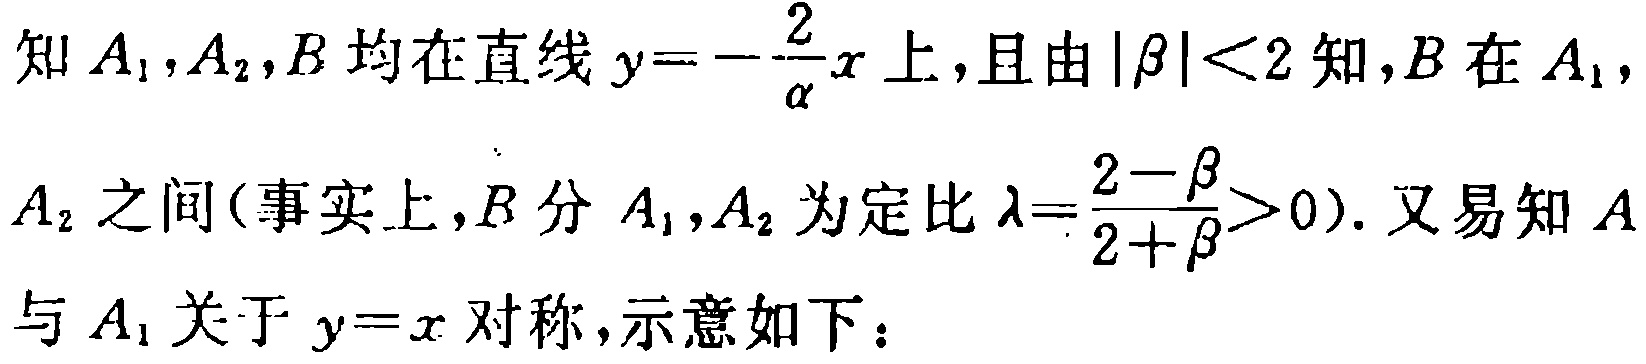
知 \(A_1,A_2,B\) 均在直线 \(y = -\frac{2}{\alpha}x\) 上，且由 \(|\beta| < 2\) 知，\(B\) 在 \(A_1\)，\(A_2\) 之间(事实上，\(B\) 分 \(A_1,A_2\) 为定比 \(\lambda=\frac{2 - \beta}{2 + \beta}>0\))。又易知 \(A\) 与 \(A_1\) 关于 \(y = x\) 对称，示意如下：